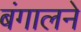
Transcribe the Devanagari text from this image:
बंगालने